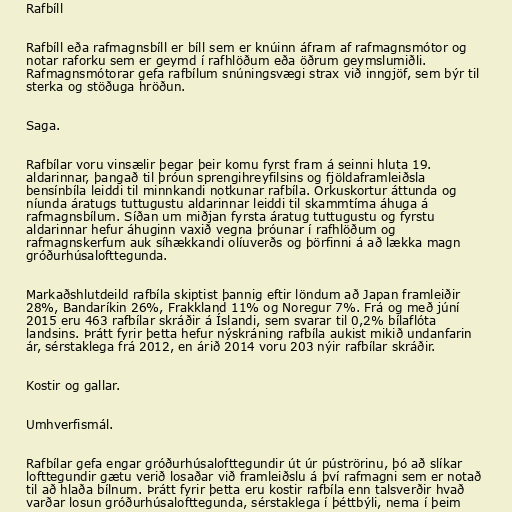
Rafbíll

Rafbíll eða rafmagnsbíll er bíll sem er knúinn áfram af rafmagnsmótor og
notar raforku sem er geymd í rafhlöðum eða öðrum geymslumiðli.
Rafmagnsmótorar gefa rafbílum snúningsvægi strax við inngjöf, sem býr til
sterka og stöðuga hröðun.

Saga.

Rafbílar voru vinsælir þegar þeir komu fyrst fram á seinni hluta 19.
aldarinnar, þangað til þróun sprengihreyfilsins og fjöldaframleiðsla
bensínbíla leiddi til minnkandi notkunar rafbíla. Orkuskortur áttunda og
níunda áratugs tuttugustu aldarinnar leiddi til skammtíma áhuga á
rafmagnsbílum. Síðan um miðjan fyrsta áratug tuttugustu og fyrstu
aldarinnar hefur áhuginn vaxið vegna þróunar í rafhlöðum og
rafmagnskerfum auk síhækkandi olíuverðs og þörfinni á að lækka magn
gróðurhúsalofttegunda.

Markaðshlutdeild rafbíla skiptist þannig eftir löndum að Japan framleiðir
28%, Bandaríkin 26%, Frakkland 11% og Noregur 7%. Frá og með júní
2015 eru 463 rafbílar skráðir á Íslandi, sem svarar til 0,2% bílaflóta
landsins. Þrátt fyrir þetta hefur nýskráning rafbíla aukist mikið undanfarin
ár, sérstaklega frá 2012, en árið 2014 voru 203 nýir rafbílar skráðir.

Kostir og gallar.

Umhverfismál.

Rafbílar gefa engar gróðurhúsalofttegundir út úr púströrinu, þó að slíkar
lofttegundir gætu verið losaðar við framleiðslu á því rafmagni sem er notað
til að hlaða bílnum. Þrátt fyrir þetta eru kostir rafbíla enn talsverðir hvað
varðar losun gróðurhúsalofttegunda, sérstaklega í þéttbýli, nema í þeim